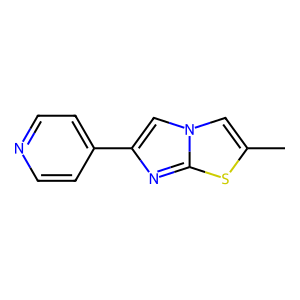
SMILES: Cc1cn2cc(-c3ccncc3)nc2s1
Inhibits HIV replication: No